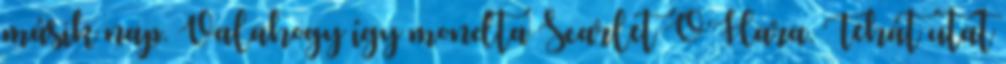
másik nap. Valahogy így mondta Scarlet O’Hara. Tehát utat